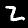
Digit: 2